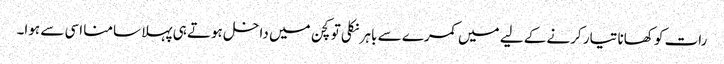
رات کو کھانا تیار کرنے کے لیے میں کمرے سے باہر نکلی تو کچن میں داخل ہوتے ہی پہلا سامنا اسی سے ہوا۔